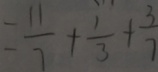
= \frac { 1 1 } { 7 } + \frac { 1 } { 3 } + \frac { 3 } { 7 }